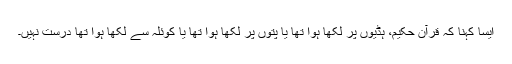
ایسا کہنا کہ قرآن حکیم، ہڈیوں پر لکھا ہوا تھا یا پتوں پر لکھا ہوا تھا یا کوئلہ سے لکھا ہوا تھا درست نہیں۔